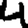
Digit: 4